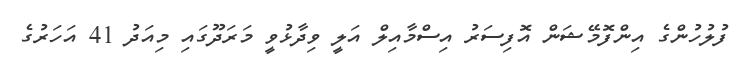
ފުލުހުންގެ އިންފޮމޭޝަން އޮފިސަރު އިސްމާއިލް އަލީ ވިދާޅުވީ މަރަދޫގައި މިއަދު 41 އަހަރުގެ